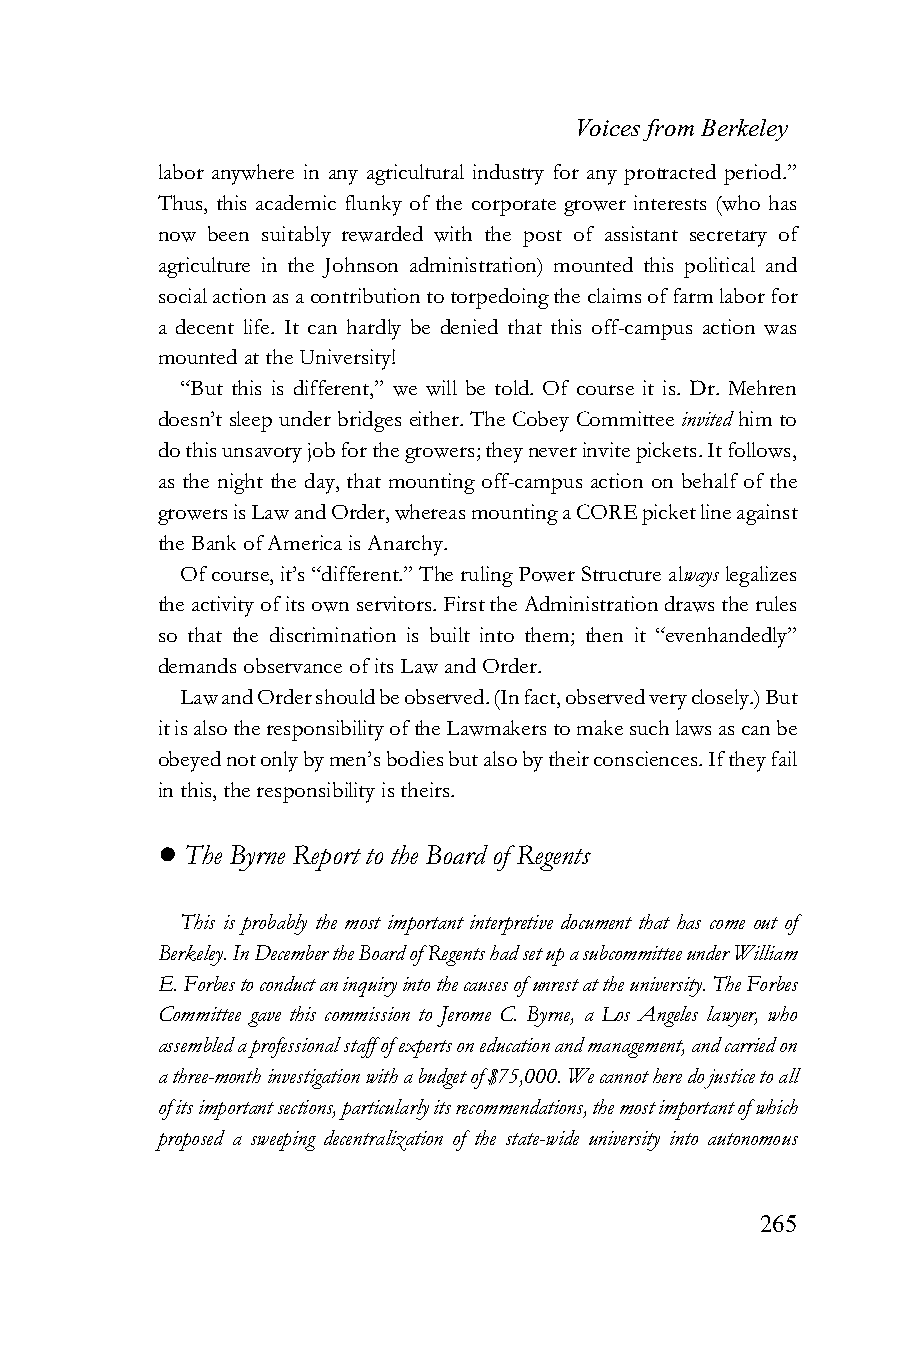
Voices from Berkeley
 labor anywhere in any agricultural industry for any protracted period.”
 Thus, this academic flunky of the corporate grower interests (who has
 now been suitably rewarded with the post of assistant secretary of
 agriculture in the Johnson administration) mounted this political and
 social action as a contribution to torpedoing the claims of farm labor for
 a decent life. It can hardly be denied that this off-campus action was
 mounted at the University!
 “But this is different,” we will be told. Of course it is. Dr. Mehren
 doesn’t sleep under bridges either. The Cobey Committee invited him to
 do this unsavory job for the growers; they never invite pickets. It follows,
 as the night the day, that mounting off-campus action on behalf of the
 growers is Law and Order, whereas mounting a CORE picket line against
 the Bank of America is Anarchy.
 Of course, it’s “different.” The ruling Power Structure always legalizes
 the activity of its own servitors. First the Administration draws the rules
 so that the discrimination is built into them; then it “evenhandedly”
 demands observance of its Law and Order.
 Law and Order should be observed. (In fact, observed very closely.) But
 it is also the responsibility of the Lawmakers to make such laws as can be
 obeyed not only by men’s bodies but also by their consciences. If they fail
 in this, the responsibility is theirs.
 ! The Byrne Report to the Board of Regents
 This is probably the most important interpretive document that has come out of
 Berkeley. In December the Board of Regents had set up a subcommittee under William
 E. Forbes to conduct an inquiry into the causes of unrest at the university. The Forbes
 Committee gave this commission to Jerome C. Byrne, a Los Angeles lawyer, who
 assembled a professional staff of experts on education and management, and carried on
 a three-month investigation with a budget of $75,000. We cannot here do justice to all
 of its important sections, particularly its recommendations, the most important of which
 proposed a sweeping decentralization of the state-wide university into autonomous
 265